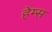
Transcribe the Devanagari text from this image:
हेम्‍स